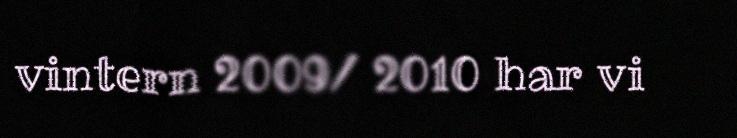
vintern 2009/ 2010 har vi